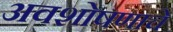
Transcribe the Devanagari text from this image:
अवशोषणाचे